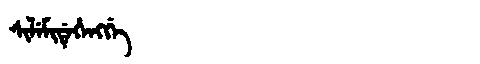
Manchu: ᠰᡳᠯᡝᠮᡳᡩᡝᡥᡝᠩᡤᡝ
Romanization: SILEMIDEHENGGE